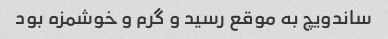
ساندویچ به موقع رسید و گرم و خوشمزه بود